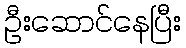
ဦးဆောင်နေပြီး